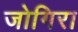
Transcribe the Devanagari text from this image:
जोगिरा